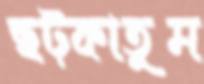
ছট্‌কাতুম